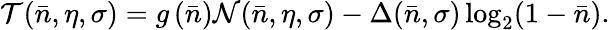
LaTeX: \mathcal{T}(\bar{n},\eta,\sigma)=g\left(\bar{n}\right)\mathcal{N}(\bar{n},\eta,\sigma)-\Delta(\bar{n},\sigma)\log_{2}(1-\bar{n}).